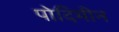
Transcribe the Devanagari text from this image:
पोदिमीन